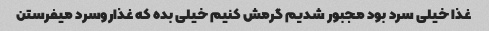
غذا خیلی سرد بود مجبور شدیم گرمش کنیم خیلی بده که غذارو‌سرد میفرستن